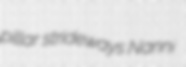
pillar strideways Nanni